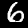
Digit: 6